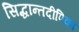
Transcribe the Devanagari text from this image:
सिद्धान्तदीपिका